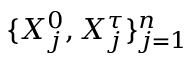
\{ X _ { j } ^ { 0 } , X _ { j } ^ { \tau } \} _ { j = 1 } ^ { n }